Reports on dispensaries and lunatic asylums in the Province of Oudh - 1869-1876
Year: 1869
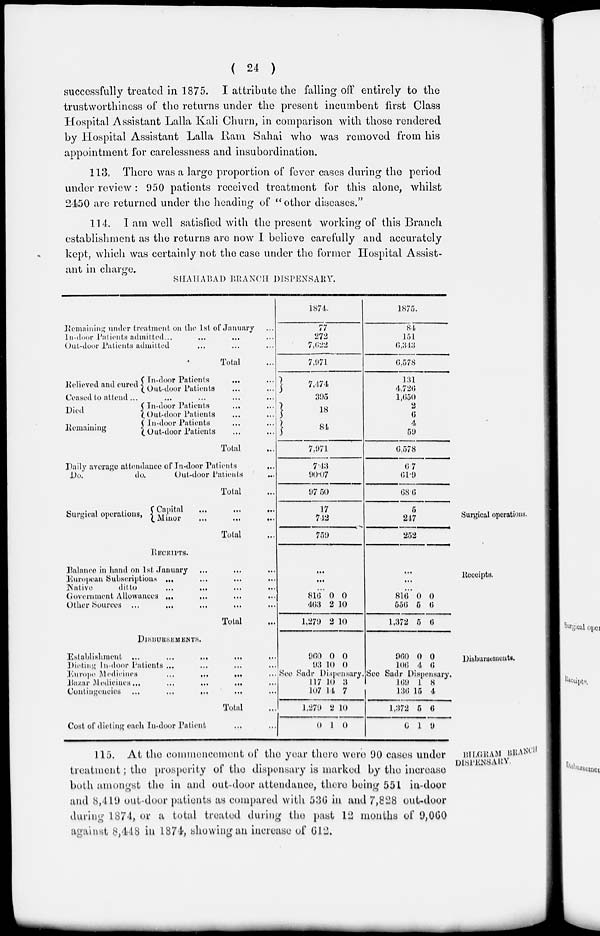
( 24 )
successfully treated in 1875. I attribute the falling off entirely to the
trustworthiness of the returns under the present incumbent first Class
Hospital Assistant Lalla Kali Churn, in comparison with those rendered
by Hospital Assistant Lalla Ram Sahai who was removed from his
appointment for carelessness and insubordination.
113. There was a large proportion of fever cases during the period
under review : 950 patients received treatment for this alone, whilst
2450 are returned under the heading of " other diseases."
114. I am well satisfied with the present working of this Branch
establishment as the returns are now I believe carefully and accurately
kept, which was certainly not the case under the former Hospital Assist-
ant in charge.
SHAHABAD BRANCH DISPENSARY.
Remaining under treatment on the 1st of January ...
In-door Patients admitted ... ... ... ...
Out-door Patients admitted ... ... ...
Total ...
Relieved and cured
In-door Patients
... ...
Out-door Patients ... ...
Ceased to attend ... ... ... ... ...
Died
Remaining
In-door Patients ... ...
Out-door Patients ... ...
In-door Patients ... ...
Out-door Patients ... ...
Total ...
Daily average attendance of In-door Patients ...
Do.
do.
Out-door Patients ...
Total ...
1871.
77
272
7,622
7,971
7,474
395
18
84
7,971
7.43
90.07
97.50
1875.
84
151.
6,313
6,578
131
4,720
1,650
2
6
4
59
6,578
6.7
61.9
68.6
Surgical operations.
Surgical operations,
Capital
...
...
...
Minor
...
...
...
Total
17
742
759
5
247
252
Receipts.
RECEIPTS.
Balance in hand on 1st January ... ... ...
European Subscriptions ... ... ... ...
Native
ditto ... ... ... ...
Government Allowances ... ... ... ...
Other Sources ... ... ... ... ...
Total ...
...
...
...
816
463
1,279
0
2
2
0
10
10
...
...
...
816
556
1,372
0
5
5
0
6
6
Diabursements.
DISBURSEMENTS.
Establishment ... ... ... ... ...
Dieting In-door Patients ... ... ... ...
Europe Medicines
...
...
...
...
Bazar Medicines
...
...
...
...
...
Contingencies ... ... ... ... ...
Total ...
Cost of dieting each In-door Patient ... ...
960
93
0
10
0
0
See Sadr Dispensary.
117
107
1,279
0
10
14
2
1
3
7
10
0
960
106
0
4
0
6
See Sadr Dispensary
169
136
1,372
0
1
15
5
1
8
4
6
9
BILGRAM BRANCH
DISPENSARY.
115. At the commencement of the year there were 90 cases under
treatment; the prosperity of the dispensary is marked by the increase
both amongst the in and out-door attendance, there being 551 in-door
and 8,419 out-door patients as compared with 536 in and 7,828 out-door
during 1874, or a total treated during the past 12 months of 9,060
against 8,448 in 1874, showing an increase of 612.